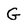
Character: G